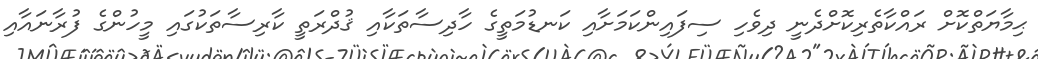
ޙިމާޔަތްކޮށް ރައްކާތެރިކޮށްދެނީ ދިވެހި ސިފައިންކަމަށާއި ކަނޑުމަތީގެ ހާދިސާތަކާއި ޤުދްރަތީ ކާރިސާތަކުގައި މީހުންގެ ފުރާނައާއި